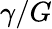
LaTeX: \gamma/G